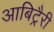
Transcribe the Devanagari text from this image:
आबिट्रैरी